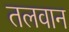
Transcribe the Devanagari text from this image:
तलवान